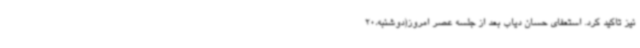
نیز تاکید کرد. استعفای حسان دیاب بعد از جلسه عصر امروز(دوشنبه،‌20